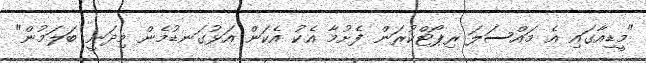
"މީޑިއާގައި އެ މައްސަލަ ރިޕޯޓްކުރަން ފެށުމާ އެކު އެކަން އަޅުގަނޑުމެން މިދަނީ ބަލަމުން"